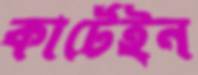
কার্টেইন